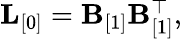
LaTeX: \begin{array}{r}{{\mathbf L}_{[0]}={\mathbf B}_{[1]}{\mathbf B}_{[1]}^{\top},}\end{array}